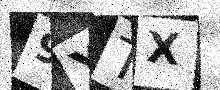
Text: 9YTX